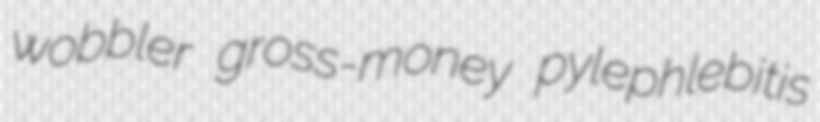
wobbler gross-money pylephlebitis